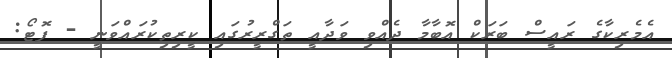
އެމެރިކާގެ ރައީސް ބަރަކް އޮބާމާ ދެއްވި ވަދާއީ ތަގްރީރުގައި ކީރިތިކުރައްވަނީ - ފޮޓޯ: